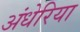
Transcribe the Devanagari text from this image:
अंधेरिया